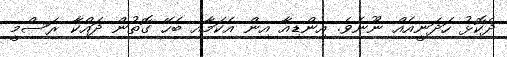
ދެކޮޅު ހަދަނީއެއް ނޫނެވެ. އިންޑިއާ އިން އެކަމާއި ބެހޭ ގޮތުން ދައްކާ ރަސްމީ